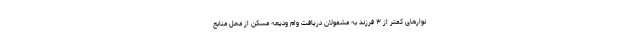
نوارهای کمتر از ۳ فرزند به مشمولان دریافت وام ودیعه مسکن از محل منابع